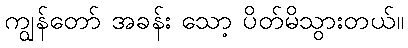
ကျွန်တော် အခန်း သော့ ပိတ်မိသွားတယ်။